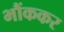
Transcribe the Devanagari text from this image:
भौंककर